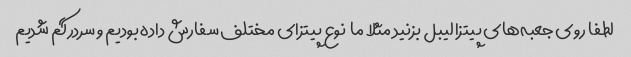
لطفا روی جعبه‌های پیتزا لیبل بزنید مثلا ما  نوع پیتزای مختلف سفارش داده بودیم و سردرگم شدیم